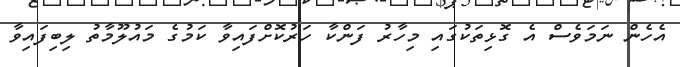
އެހެން ނަމަވެސް އެ ގޮޅިތަކުގައި މިހާރު ފަންކާ ހަރުކޮށްފައިވާ ކަމުގެ މައުލޫމާތު ލިބިފައިވާ